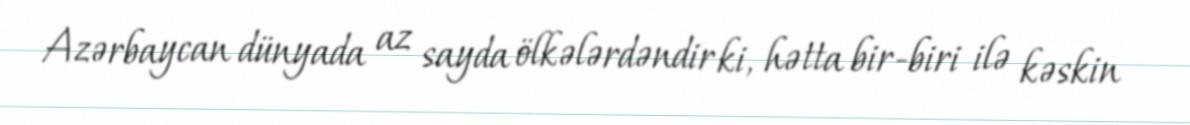
Azərbaycan dünyada az sayda ölkələrdəndir ki, hətta bir-biri ilə kəskin